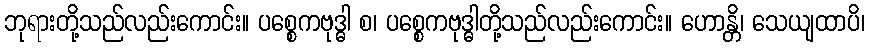
ဘုရားတို့သည်လည်းကောင်း။ ပစ္စေကဗုဒ္ဓါ စ၊ ပစ္စေကဗုဒ္ဓါတို့သည်လည်းကောင်း။ ဟောန္တိ၊ သေယျထာပိ၊